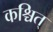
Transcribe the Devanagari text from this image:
कश्चित्‌